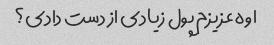
اوه عزیزم پول زیادی از دست دادی؟